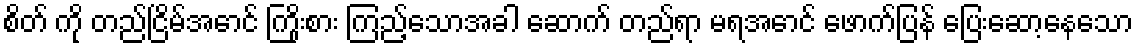
စိတ် ကို တည်ငြိမ်အောင် ကြိုးစား ကြည့်သောအခါ ဆောက် တည်ရာ မရအောင် ဖောက်ပြန် ပြေးဆော့နေသော